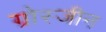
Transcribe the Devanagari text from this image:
ग्रोस्जीन